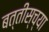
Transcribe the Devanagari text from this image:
बत्तीस्च्या